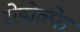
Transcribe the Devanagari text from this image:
रोडोल्फे